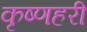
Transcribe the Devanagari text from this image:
कृष्णहरी